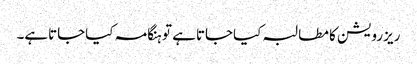
ریزرویشن کا مطالبہ کیاجاتاہے تو ہنگامہ کیاجاتاہے۔